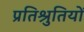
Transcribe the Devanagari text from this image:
प्रतिश्रुतियों